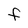
Character: F